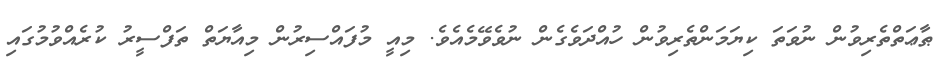
ޠާޢަތްތެރިވުން ނުވަތަ ކިޔަމަންތެރިވުން ހުއްދަވެގެން ނުވެވޭމެއެވެ. މިއީ މުފައްސިރުން މިއާޔަތް ތަފްސީރު ކުރެއްވުމުގައި